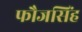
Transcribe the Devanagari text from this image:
फौजसिंह